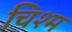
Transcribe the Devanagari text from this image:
चिश्म